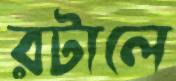
রটালে